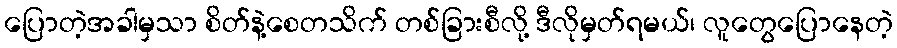
ပြောတဲ့အခါမှသာ စိတ်နဲ့စေတသိက် တစ်ခြားစီလို့ ဒီလိုမှတ်ရမယ်၊ လူတွေပြောနေတဲ့